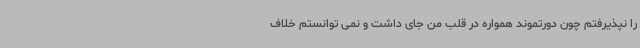
را نپذیرفتم چون دورتموند همواره در قلب من جای داشت و نمی توانستم خلاف